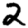
Digit: 2